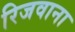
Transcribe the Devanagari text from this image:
रिजवाना